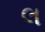
લ